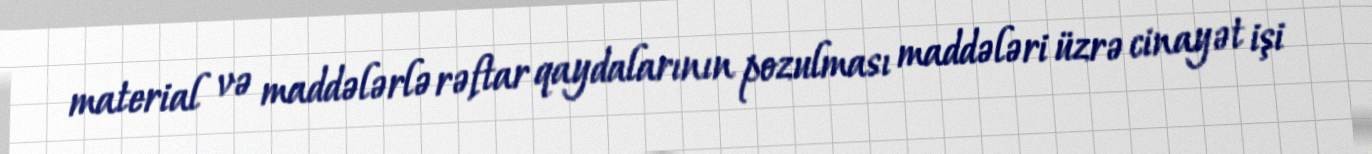
material və maddələrlə rəftar qaydalarının pozulması maddələri üzrə cinayət işi